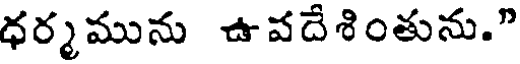
ధర్మమును ఉపదేశింతును."